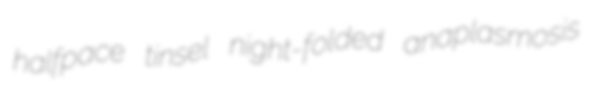
halfpace tinsel night-folded anaplasmosis